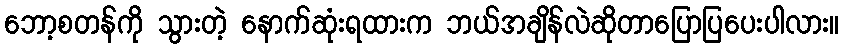
ဘော့စတန်ကို သွားတဲ့ နောက်ဆုံးရထားက ဘယ်အချိန်လဲဆိုတာပြောပြပေးပါလား။